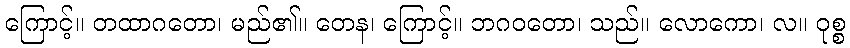
ကြောင့်။ တထာဂတော၊ မည်၏။ တေန၊ ကြောင့်။ ဘဂဝတော၊ သည်။ လောကော၊ လ။ ဝုစ္စ